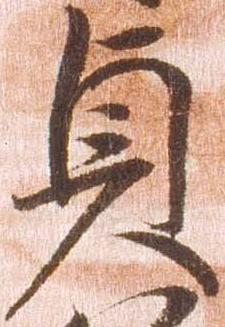
貞